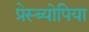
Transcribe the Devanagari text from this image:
प्रेस्ब्योपिया